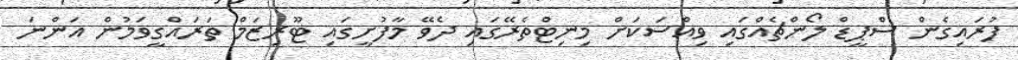
ފުރައިގެން ސްޕީޑް ލޯންޗެއްގައި ވިއްސަކަށް މިނިޓްތެރޭގައި ދެވޭ މާފުށީގައި ޓޫރިޒަމް ތަރައްގީވަމުން އަންނަ